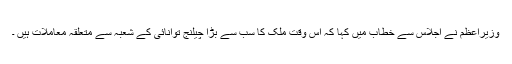
وزیراعظم نے اجلاس سے خطاب میں کہا کہ اس وقت ملک کا سب سے بڑا چیلنج توانائی کے شعبہ سے متعلقہ معاملات ہیں ۔